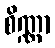
စိဏ္ဏာ